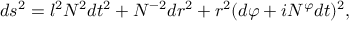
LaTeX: d s ^ { 2 } = l ^ { 2 } N ^ { 2 } d t ^ { 2 } + N ^ { - 2 } d r ^ { 2 } + r ^ { 2 } ( d \varphi + i N ^ { \varphi } d t ) ^ { 2 } ,